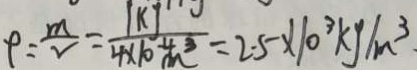
p = \frac { m } { v } = \frac { 1 k g } { 4 \times 1 0 ^ { - 4 } m ^ { 3 } } = 2 . 5 \times 1 0 ^ { 3 } k g / m ^ { 3 }